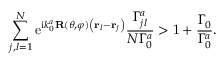
\sum _ { j , l = 1 } ^ { N } \mathrm { e } ^ { \mathrm { i } k _ { 0 } ^ { a } \mathbf { R } ( \theta , \varphi ) \left( { \bf r } _ { l } - { \bf r } _ { j } \right) } \frac { \Gamma _ { j l } ^ { a } } { N \Gamma _ { 0 } ^ { a } } > 1 + \frac { \Gamma _ { 0 } } { \Gamma _ { 0 } ^ { a } } .